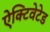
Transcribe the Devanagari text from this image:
ऐक्टिवेटेड